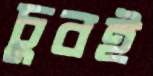
চুবই